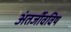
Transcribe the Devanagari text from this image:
अंतर्जीवविष